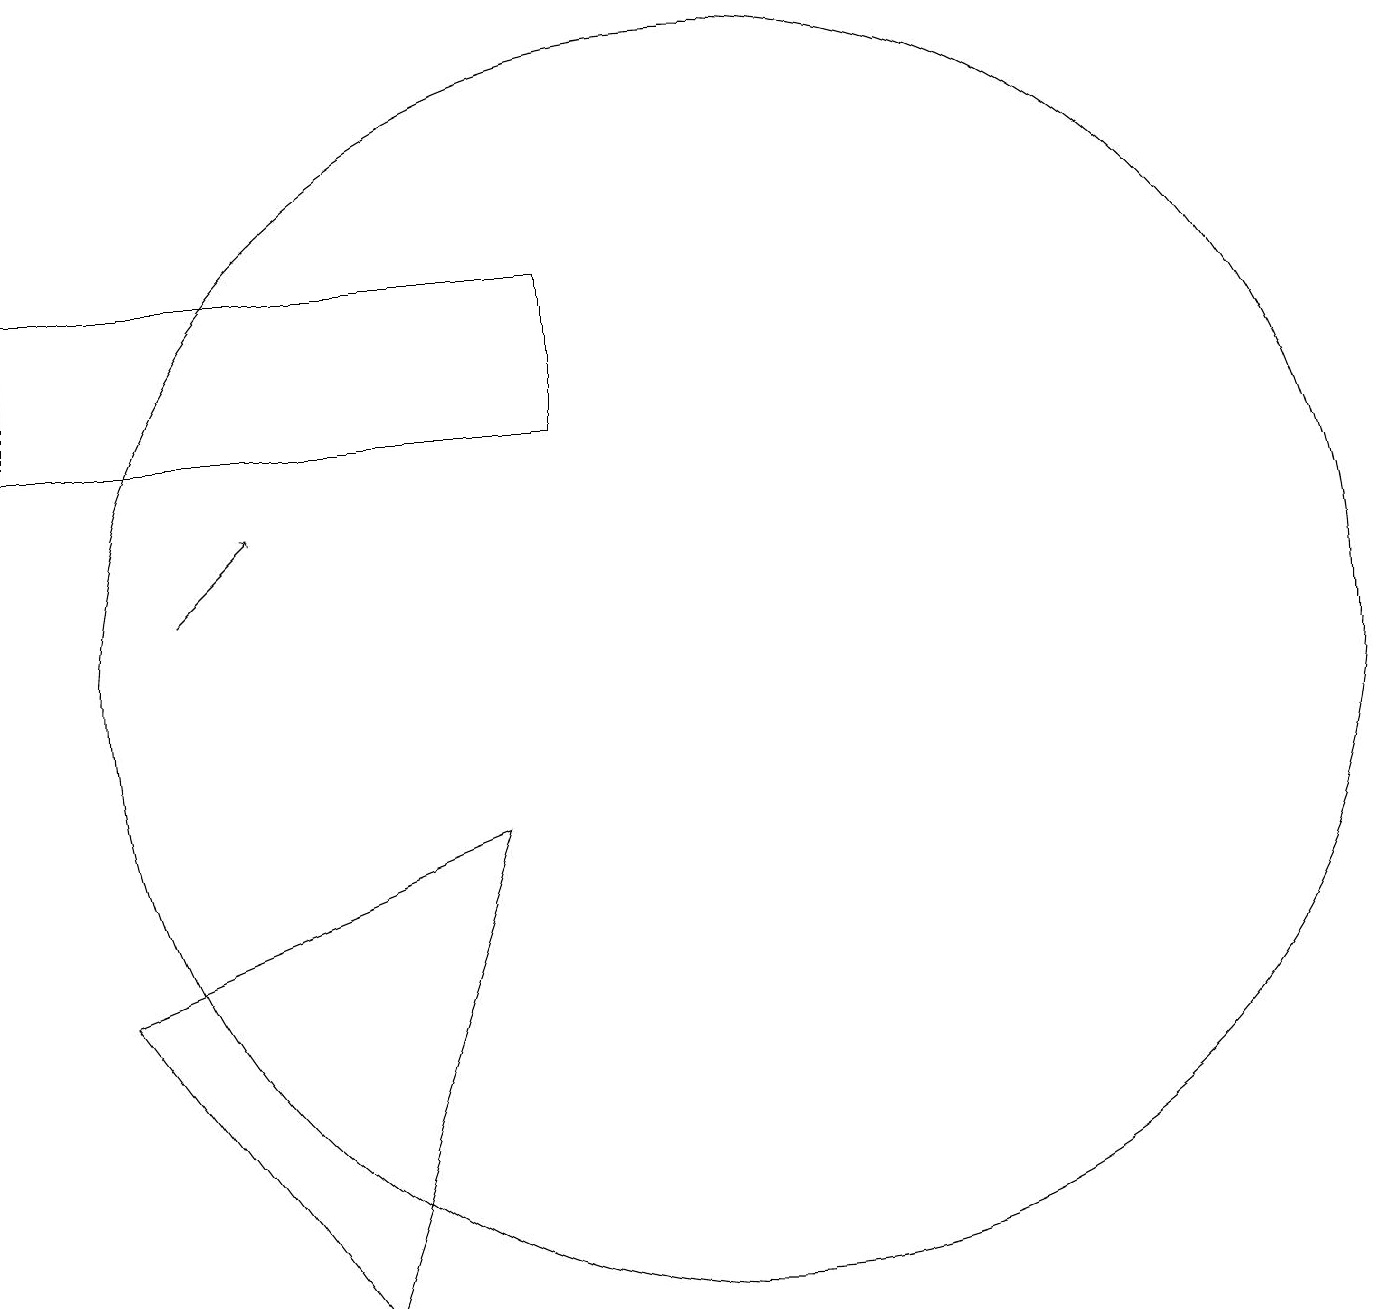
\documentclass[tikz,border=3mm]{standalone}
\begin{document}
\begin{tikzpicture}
\draw (3,7) -- (8,9) -- (6,3) -- cycle;
\draw[->] (4,12) -- (5,13);
\draw (2,14) rectangle (9,16);
\draw (11,11) circle (8);
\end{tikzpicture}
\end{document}